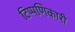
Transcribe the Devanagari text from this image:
टिप्पणिकारी